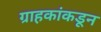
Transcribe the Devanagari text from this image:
ग्राहकांकडून